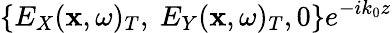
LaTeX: \{ E_{X}({\mathbf x},\omega)_{T},~E_{Y}({\mathbf x},\omega)_{T},0\} e^{-ik_{0}z}